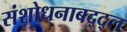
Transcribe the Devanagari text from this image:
संशोधनाबद्द्ल